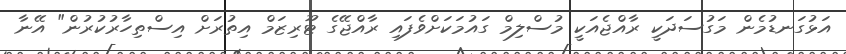
އަޅުގަނޑުމެން މަގުސަދަކީ ރާއްޖެއަކީ މުސްލިމް ގައުމަކަށްވެފައި ރާއްޖޭގެ ޓޫރިޒަމް އިތުރަށް އިސްތިހާރުކުރުން" އޭނާ